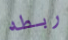
ربطه